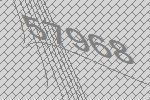
57968